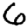
Digit: 6